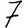
Digit: 7